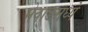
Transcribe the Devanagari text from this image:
मेवाडमध्ये